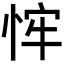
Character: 𢚄